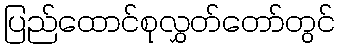
ပြည်ထောင်စုလွှတ်တော်တွင်